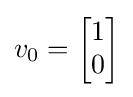
v_{0}={\begin{bmatrix}1\\0\end{bmatrix}}